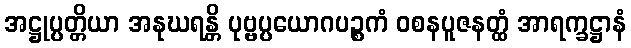
အဋ္ဌုပ္ပတ္တိယာ အနုဃရန္တိ ပုဗ္ဗပ္ပယောဂပဉ္စကံ ဝစနပူဇနတ္ထံ အာရက္ခဋ္ဌာနံ